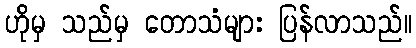
ဟိုမှ သည်မှ တောသံများ ပြန်လာသည်။